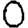
Digit: 0